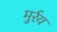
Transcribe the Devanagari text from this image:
मुर्रय